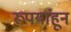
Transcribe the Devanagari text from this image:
रूपयांहून